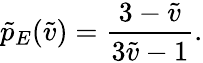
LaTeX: \tilde{p}_{E}(\tilde{v})=\frac{3-\tilde{v}}{3\tilde{v}-1}.